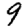
Digit: 9